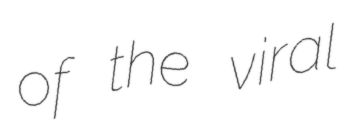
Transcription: of the viral